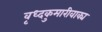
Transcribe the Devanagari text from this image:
वृध्दकुमारीवाक्य